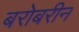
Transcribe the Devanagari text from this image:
बरोबरीनं